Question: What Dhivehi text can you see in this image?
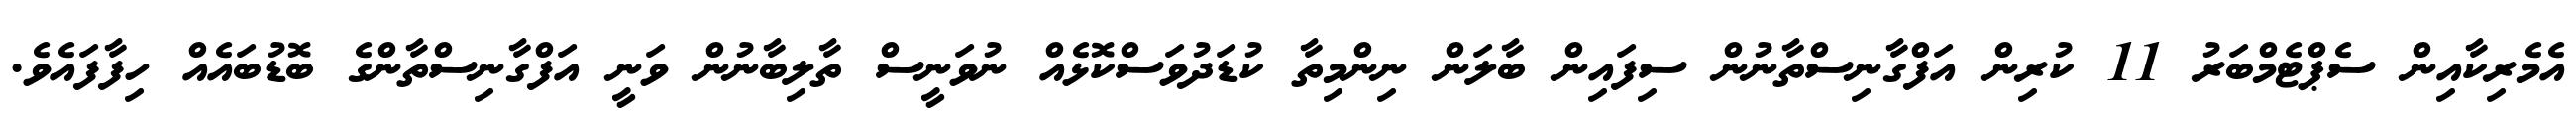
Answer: އެމެރިކާއިން ސެޕްޓެމްބަރު 11 ކުރިން އަފްގާނިސްތާނުން ސިފައިން ބާލަން ނިންމިތާ ކުޑަދުވަސްކޮޅެއް ނުވަނީސް ތާލިބާނުން ވަނީ އަފްގާނިސްތާންގެ ބޮޑުބައެއް ހިފާފައެވެ.